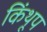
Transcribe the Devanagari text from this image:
किंथूप